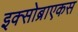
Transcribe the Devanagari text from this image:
इक्सोब्राएकस